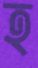
হ